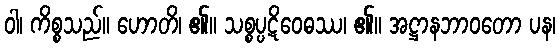
ဝါ၊ ကိစ္စသည်။ ဟောတိ၊ ၏။ သစ္စပ္ပဋိဝေဓဿ၊ ၏။ အဋ္ဌာနဘာဝတော ပန၊